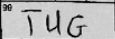
Transcription: TUG